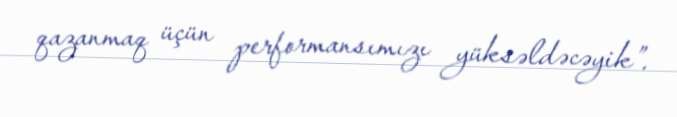
qazanmaq üçün performansımızı yüksəldəcəyik”.